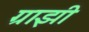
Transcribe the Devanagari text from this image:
ग्राझी